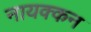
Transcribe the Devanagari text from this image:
नायक्कन